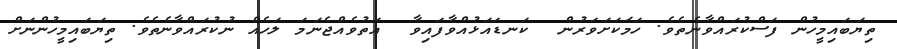
ތިޔަބައިމީހުން ފަސްކުރައްވާނެތެވެ. ހަމަކަށަވަރުން  ކަނޑައަޅުއްވާފައިވާ  އަތުވެއްޖެނަމަ ލަހެއް ނުކުރައްވާނެތެވެ. ތިޔަބައިމީހުންނަށް